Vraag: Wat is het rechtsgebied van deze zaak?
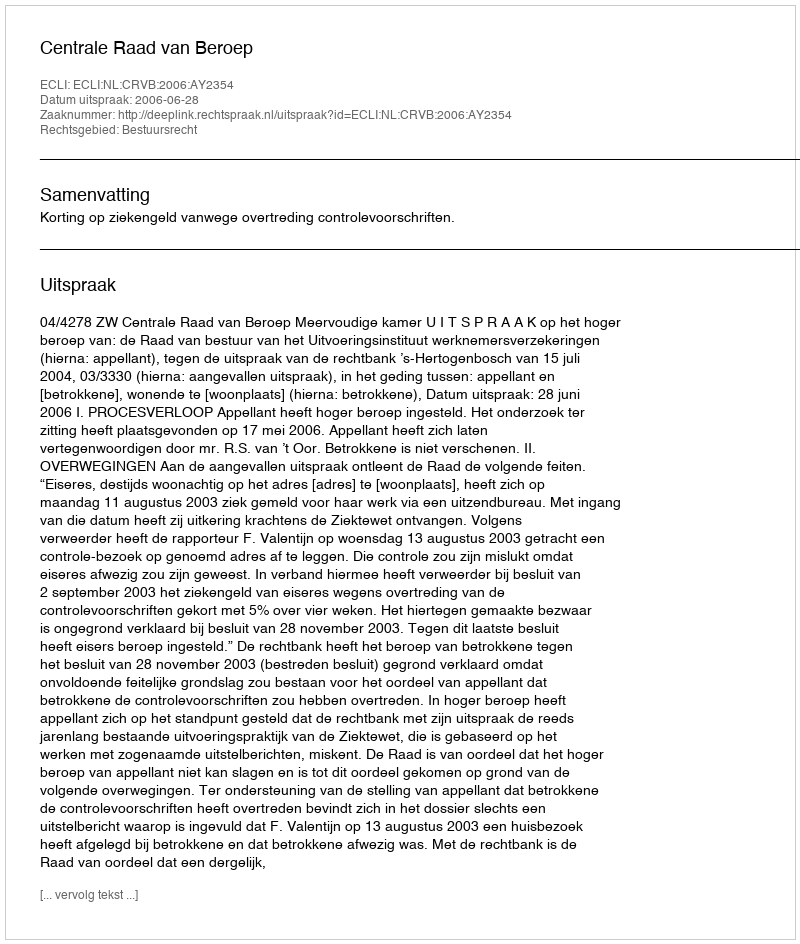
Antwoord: Bestuursrecht